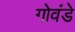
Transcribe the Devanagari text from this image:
गोवंडे